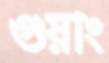
গুয়াং